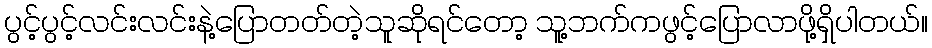
ပွင့်ပွင့်လင်းလင်းနဲ့ပြောတတ်တဲ့သူဆိုရင်တော့ သူ့ဘက်ကဖွင့်ပြောလာဖို့ရှိပါတယ်။